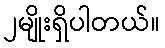
၂မျိုးရှိပါတယ်။